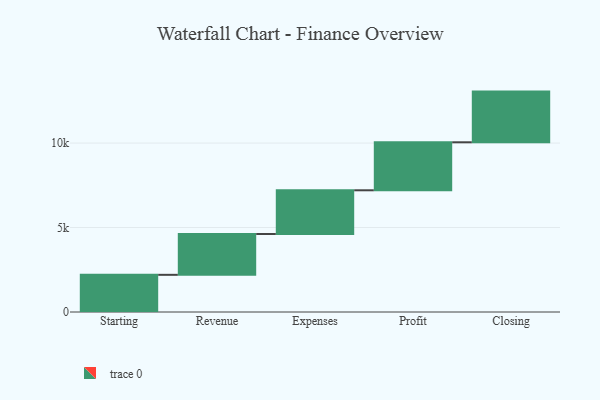
{"axis": {"x": "Step", "y": "Value"}, "legend": [""], "data": [{"x": "Starting", "y": 2200.0, "type": ""}, {"x": "Revenue", "y": 2416.0, "type": ""}, {"x": "Expenses", "y": 2588.0, "type": ""}, {"x": "Profit", "y": 2841.0, "type": ""}, {"x": "Closing", "y": 3000, "type": ""}]}